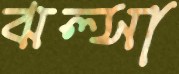
ঝল্‌সা